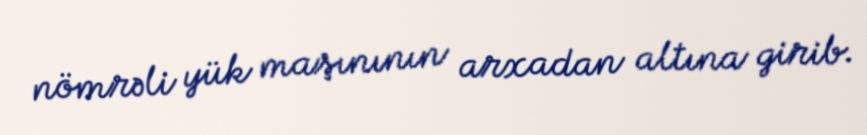
nömrəli yük maşınının arxadan altına girib.